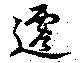
遷